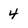
Character: 4